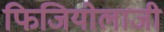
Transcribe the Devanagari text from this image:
फिजियोलाजी